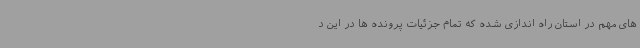
های مهم در استان راه اندازی شده که تمام جزئیات پرونده ها در این د